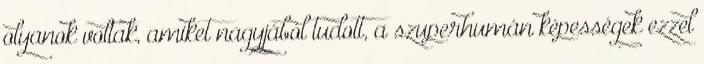
olyanok voltak, amiket nagyjából tudott, a szuperhumán képességek ezzel